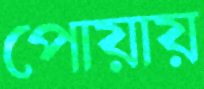
পোয়ায়